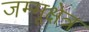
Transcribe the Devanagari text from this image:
जम्मूक्षेत्र